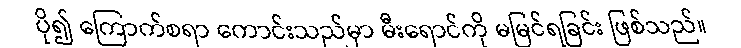
ပို၍ ကြောက်စရာ ကောင်းသည်မှာ မီးရောင်ကို မမြင်ရခြင်း ဖြစ်သည်။